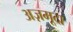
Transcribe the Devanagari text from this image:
अज़मूदा